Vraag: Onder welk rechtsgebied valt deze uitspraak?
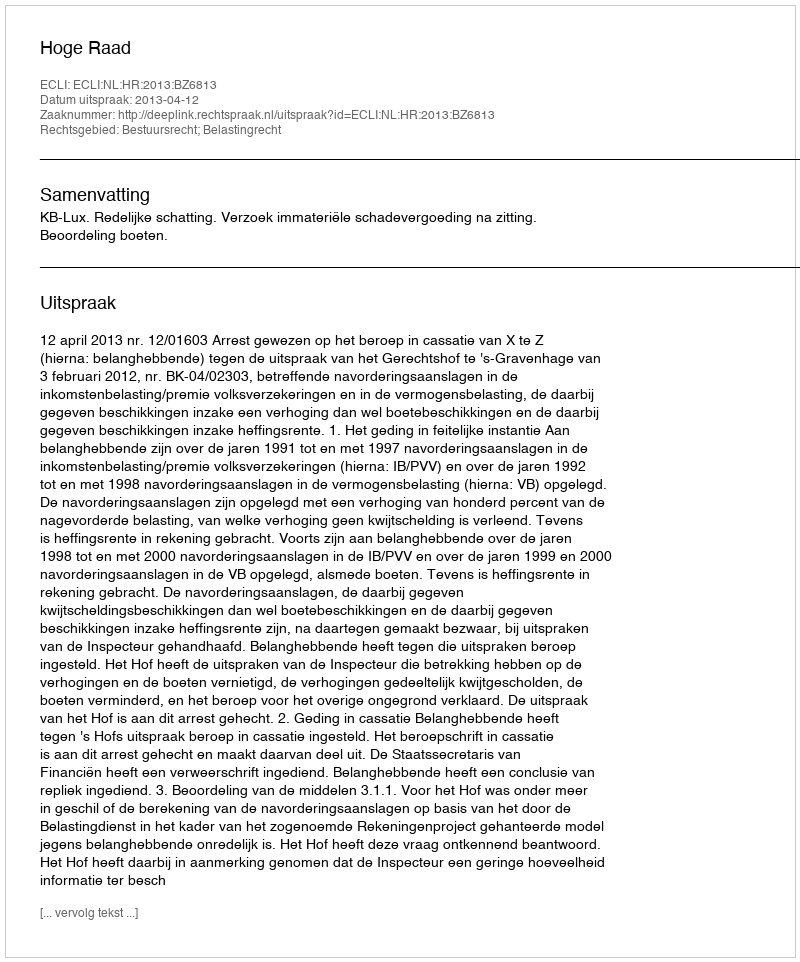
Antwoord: Bestuursrecht; Belastingrecht